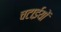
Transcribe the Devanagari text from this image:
चटाईयों